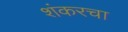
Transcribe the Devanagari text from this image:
शंकरचा